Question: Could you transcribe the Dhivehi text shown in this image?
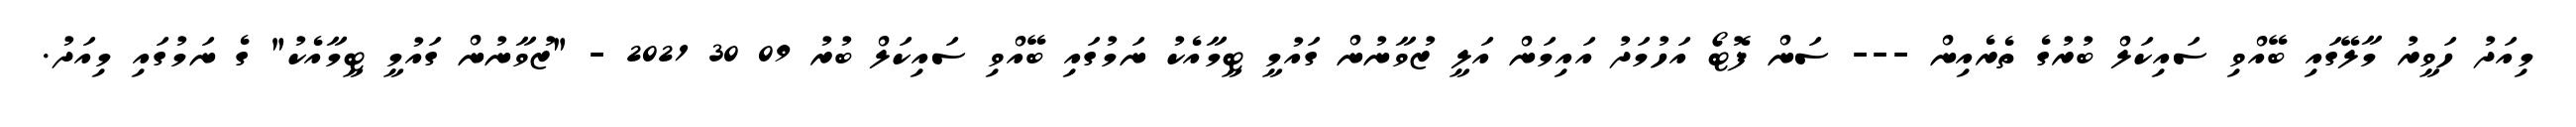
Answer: މިއަދު ހަވީރު މާލޭގައި ބޭއްވި ސައިކަލް ބުރުގެ ތެރެއިން --- ސަން ފޮޓޯ އަހުމަދު އައިމަން އަލީ ޒުވާނުން ގައުމީ ޓީމާއެކު ނަމުގައި ބޭއްވި ސައިކަލް ބުރު 09 30 2021 - "ޒުވާނުން ގައުމީ ޓީމާއެކު" ގެ ނަމުގައި މިއަދު.